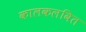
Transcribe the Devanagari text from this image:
कालकलवित